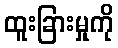
ထူးခြားမှုကို